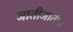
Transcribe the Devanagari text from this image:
जातीजातींत